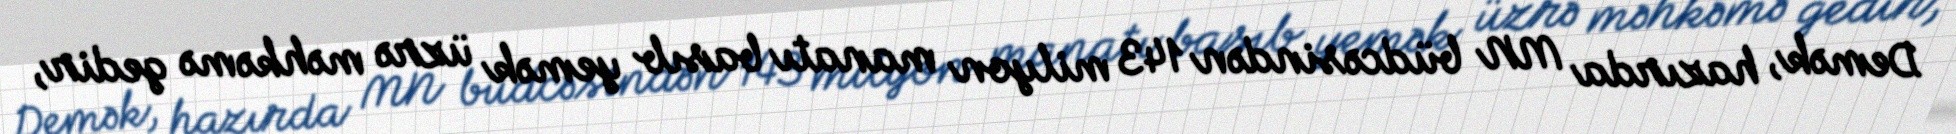
Demək, hazırda MN büdcəsindən 143 milyon manatı basıb yemək üzrə məhkəmə gedir,